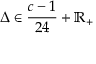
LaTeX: \Delta \in { \frac { c - 1 } { 2 4 } } + \mathbb { R } _ { + }